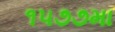
૧૫૭૭મા